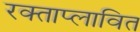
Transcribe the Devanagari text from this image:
रक्ताप्लावित